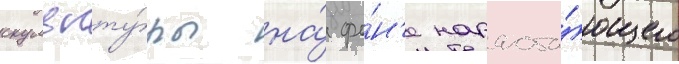
скульпту́ры на́ фо́н'е нараста́ющего